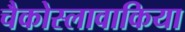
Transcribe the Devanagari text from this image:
चैकोस्लावाकिया